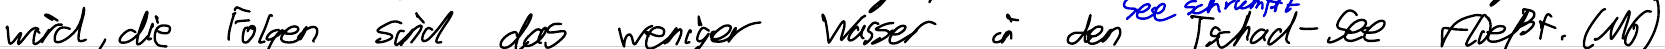
wird, die Folgen sind das weniger Wasser in den Tschad-See fließt. (M6)